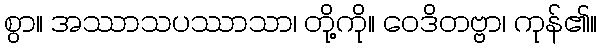
စွာ။ အဿာသပဿာသာ၊ တို့ကို။ ဝေဒိတဗ္ဗာ၊ ကုန်၏။